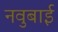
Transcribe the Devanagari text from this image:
नवुबाई